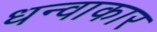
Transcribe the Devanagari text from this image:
धन्वाकार